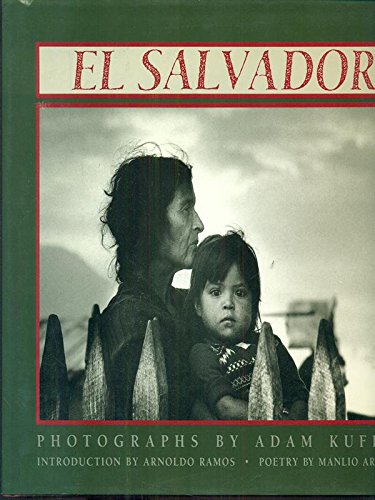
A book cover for El Salvador; Adam Kufeld; Travel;